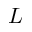
L